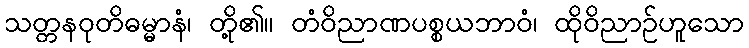
သတ္တနဝုတိဓမ္မာနံ၊ တို့၏။ တံဝိညာဏပစ္စယဘာဝံ၊ ထိုဝိညာဉ်ဟူသော